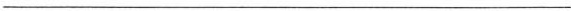
___